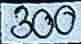
300